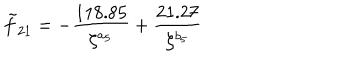
\tilde { f } _ { 2 1 } = - \frac { 1 1 8 . 8 5 } { \zeta ^ { a _ { 5 } } } + \frac { 2 1 . 2 7 } { \zeta ^ { b _ { 5 } } }